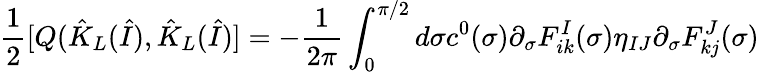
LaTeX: \frac{1}{2}[Q(\hat{K}_{L}(\hat{I}),\hat{K}_{L}(\hat{I})]=-\frac{1}{2\pi}\int_{0}^{\pi/2}d\sigma c^{0}(\sigma)\partial_{\sigma}F_{ik}^{I}(\sigma)\eta_{IJ}\partial_{\sigma}F_{kj}^{J}(\sigma)